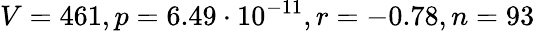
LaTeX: V=461,p=6.49\cdot 10^{-11},r=-0.78,n=93